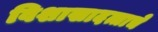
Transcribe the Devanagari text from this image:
विशाखादत्ताचे